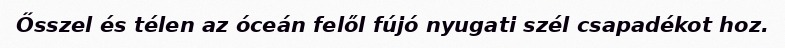
Ősszel és télen az óceán felől fújó nyugati szél csapadékot hoz.